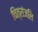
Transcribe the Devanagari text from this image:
चित्रांजलि